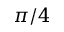
\pi / 4